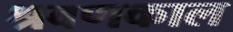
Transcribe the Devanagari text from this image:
श्रवणकाल